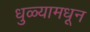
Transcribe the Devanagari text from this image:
धुळ्यामधून